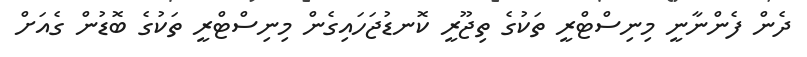
ދެން ފެންނާނީ މިނިސްޓްރީ ތަކުގެ ތިޖޫރީ ކޮނޑުޖަހައިގެން މިނިސްޓްރީ ތަކުގެ ބޮޑުން ގެއަށް